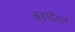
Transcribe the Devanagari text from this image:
ब्रह्मदैवतं